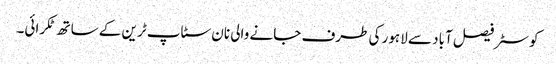
کوسٹر فیصل آباد سے لاہور کی طرف جانے والی نان سٹاپ ٹرین کے ساتھ ٹکرائی۔